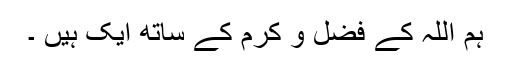
ہم اللہ کے فضل و کرم کے ساتھ ایک ہیں ۔